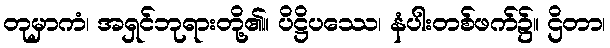
တုမှာကံ၊ အရှင်ဘုရားတို့၏။ ပိဋ္ဌိပဿေ၊ နံပါးတစ်ဖက်၌။ ဌိတာ၊